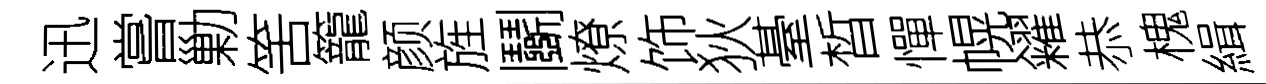
迅嘗勦筈籠颜旌鬬燎饰狄䑓晳憚幌糴恭槐緝